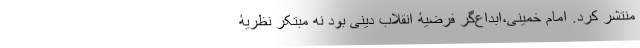
منتشر کرد. امام خمینی،ابداع‌گر فرضیۀ انقلاب دینی بود نه مبتکر نظریۀ